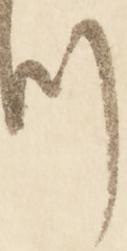
つ